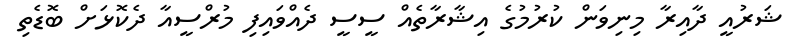
ޝަރުއީ ދާއިރާ މިނިވަން ކުރުމުގެ އިޝާރާތެއް ސީސީ ދެއްވައިފި މުރްސީއާ ދެކޮޅަށް ބޮޑެތި